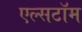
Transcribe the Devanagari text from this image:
एल्सटॉम